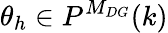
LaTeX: \theta_{h}\in P^{M_{DG}}(k)